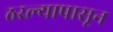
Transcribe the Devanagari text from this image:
ठरल्यापासून